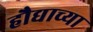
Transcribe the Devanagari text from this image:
हौद्याच्या